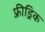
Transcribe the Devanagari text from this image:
फ़्रीड्रिक